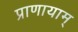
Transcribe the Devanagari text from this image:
प्राणायाम्